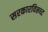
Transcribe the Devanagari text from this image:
सरकारविरूध्द